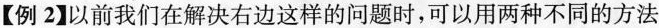
【例2】以前我们在解决右边这样的问题时，可以用两种不同的方法